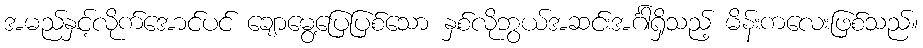
အမည်နှင့်လိုက်အောင်ပင် ချောမွေ့ပြေပြစ်သော နှစ်လိုဘွယ်အဆင်းအင်္ဂါရှိသည့် မိန်းကလေးဖြစ်သည်။